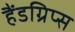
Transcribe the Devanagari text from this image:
हैंडग्रिप्स